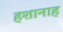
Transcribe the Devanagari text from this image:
हशानाह